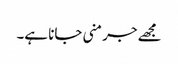
مجھے جرمنی جانا ہے۔